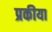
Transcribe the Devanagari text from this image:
प्रकीया